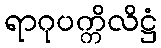
ရာဂုပက္ကိလိဋ္ဌံ